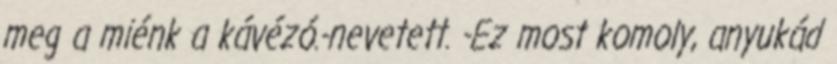
meg a miénk a kávézó.-nevetett. -Ez most komoly, anyukád